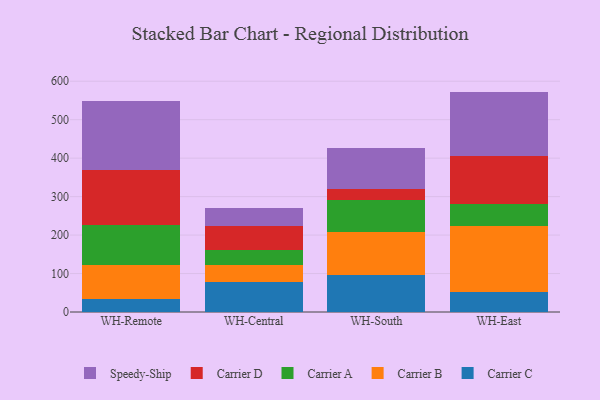
{"axis": {"x": "Warehouse", "y": "Page Views"}, "legend": ["Carrier A", "Carrier B", "Carrier C", "Carrier D", "Speedy-Ship"], "data": [{"x": "WH-Remote", "y": 33.7, "type": "Carrier C"}, {"x": "WH-Remote", "y": 88.5, "type": "Carrier B"}, {"x": "WH-Remote", "y": 104.6, "type": "Carrier A"}, {"x": "WH-Remote", "y": 143.1, "type": "Carrier D"}, {"x": "WH-Remote", "y": 177.8, "type": "Speedy-Ship"}, {"x": "WH-Central", "y": 78.1, "type": "Carrier C"}, {"x": "WH-Central", "y": 43.4, "type": "Carrier B"}, {"x": "WH-Central", "y": 40.9, "type": "Carrier A"}, {"x": "WH-Central", "y": 60.7, "type": "Carrier D"}, {"x": "WH-Central", "y": 47.2, "type": "Speedy-Ship"}, {"x": "WH-South", "y": 97.0, "type": "Carrier C"}, {"x": "WH-South", "y": 112.2, "type": "Carrier B"}, {"x": "WH-South", "y": 82.1, "type": "Carrier A"}, {"x": "WH-South", "y": 28.1, "type": "Carrier D"}, {"x": "WH-South", "y": 107.4, "type": "Speedy-Ship"}, {"x": "WH-East", "y": 53.2, "type": "Carrier C"}, {"x": "WH-East", "y": 169.4, "type": "Carrier B"}, {"x": "WH-East", "y": 58.4, "type": "Carrier A"}, {"x": "WH-East", "y": 123.9, "type": "Carrier D"}, {"x": "WH-East", "y": 168.1, "type": "Speedy-Ship"}]}